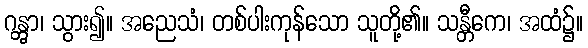
ဂန္တွာ၊ သွား၍။ အညေသံ၊ တစ်ပါးကုန်သော သူတို့၏။ သန္တီကေ၊ အထံ၌။